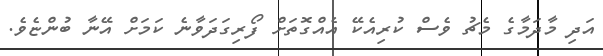
އަދި މާދަމާގެ މެޗު ވެސް ކުރިއެކޭ އެއްގޮތަށް ފޯރިގަދަވާނެ ކަމަށް އޭނާ ބުންޏެވެ.